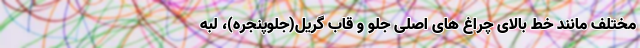
مختلف مانند خط بالای چراغ های اصلی جلو و قاب گریل(جلوپنجره)، لبه